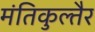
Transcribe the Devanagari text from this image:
मंतिकुल्तैर